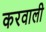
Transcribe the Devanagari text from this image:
करवाली